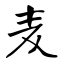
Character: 麦